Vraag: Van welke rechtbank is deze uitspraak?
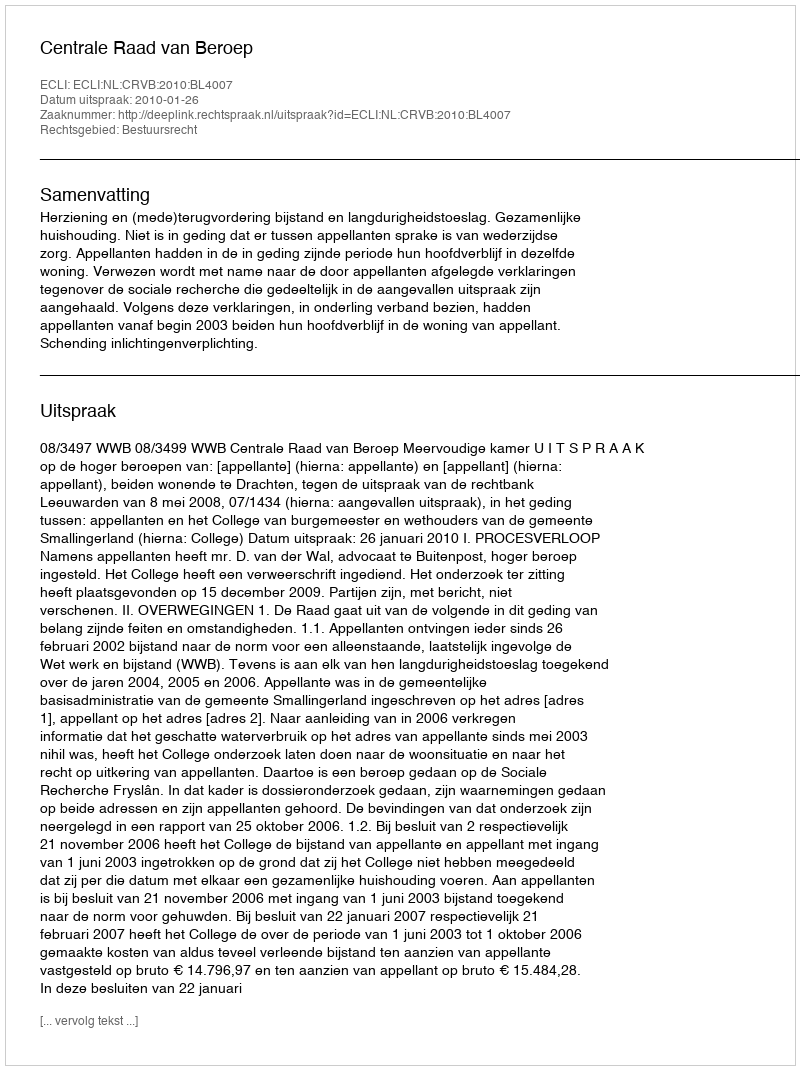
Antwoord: Centrale Raad van Beroep